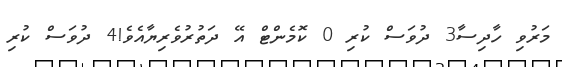
މަރުވި ހާދިސާ3 ދުވަސް ކުރި 0 ކޮމެންޓް އޭ ދަތުރުވެރިޔާއެވެ!4 ދުވަސް ކުރި